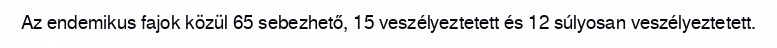
Az endemikus fajok közül 65 sebezhető, 15 veszélyeztetett és 12 súlyosan veszélyeztetett.